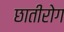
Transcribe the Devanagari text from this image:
छातीरोग